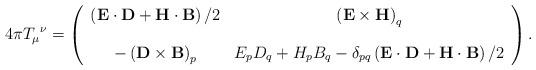
LaTeX: \begin{align*}4\pi T_{\mu}{}^{\nu}=\left(\begin{array}[c]{cc}\left( \mathbf{E}\cdot\mathbf{D}+\mathbf{H}\cdot\mathbf{B}\right) /2 &\left( \mathbf{E\times H}\right) _{q}\bigskip\\-\left( \mathbf{D\times B}\right) _{p} & E_{p}D_{q}+H_{p}B_{q}-\delta_{pq}\left( \mathbf{E}\cdot\mathbf{D}+\mathbf{H}\cdot\mathbf{B}\right) /2\end{array}\right) . \end{align*}